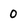
Character: 0